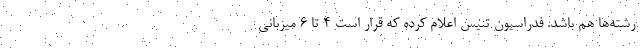
رشته‌ها هم باشد. فدراسیون تنیس اعلام کرده که قرار است 4 تا 6 میزبانی